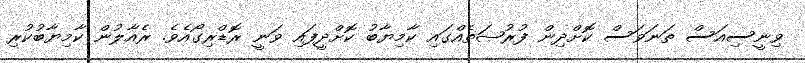
ވިނީސިއަސް ތަނަވަސް ކޮށްދިން ފުރުޞަތެއްގައި ކާމިޔާބު ކޮށްދީފައި ވަނީ ރޮޑްރިގޯއެވެ. ރެއާލުން ކާމިޔާބުކުރި